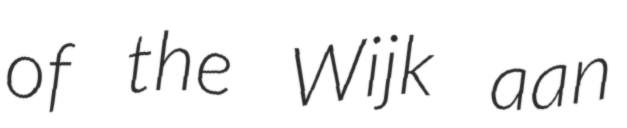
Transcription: of the Wijk aan